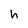
Character: h